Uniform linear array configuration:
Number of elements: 64
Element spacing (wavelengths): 0.75
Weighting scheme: kaiser
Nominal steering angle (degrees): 0
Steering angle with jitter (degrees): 0.5655
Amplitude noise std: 0.05
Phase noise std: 0.05

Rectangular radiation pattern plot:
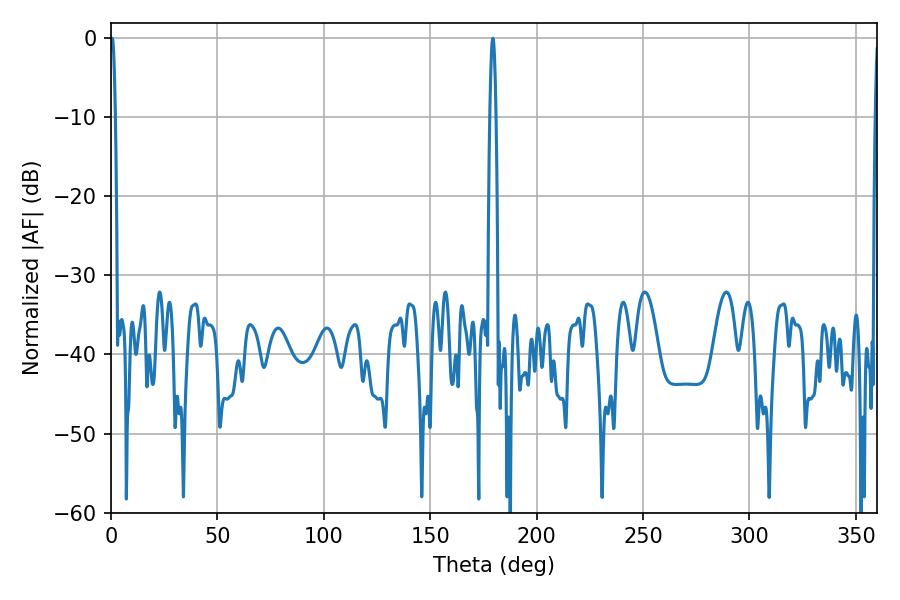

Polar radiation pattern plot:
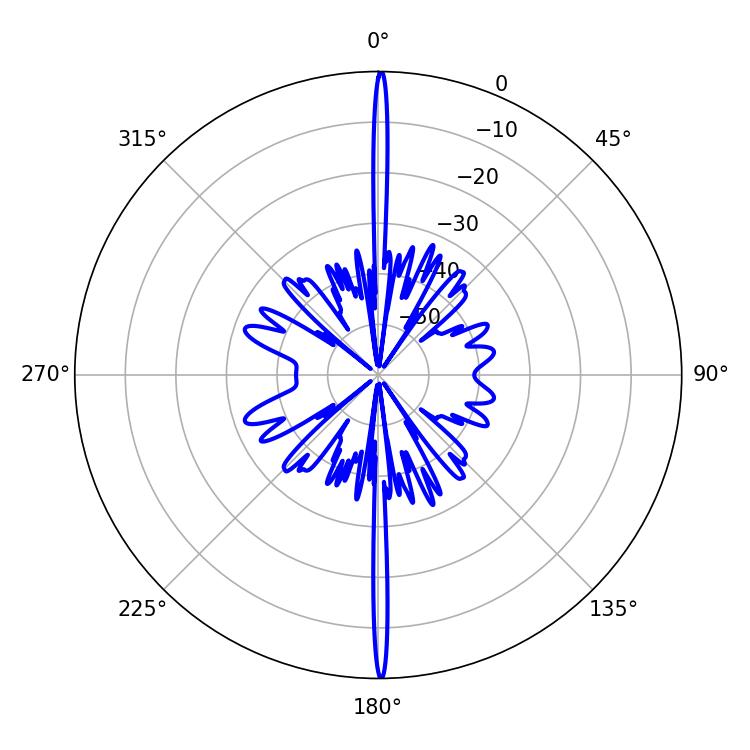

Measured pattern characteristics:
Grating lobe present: TRUE
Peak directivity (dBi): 35.627
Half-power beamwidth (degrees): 1.26
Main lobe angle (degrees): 0.54